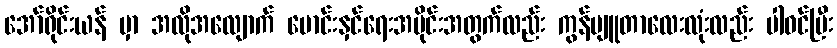
အော်ရိုင်းယန် မှာ အလိုအလျောက် မောင်းနှင်ရေးအပိုင်းအတွက်လည်း ကွန်ပျူတာလေးလုံးလည်း ပါဝင်ပြီး